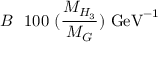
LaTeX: B ~ \l ~ 1 0 0 ~ ( \frac { M _ { H _ { 3 } } } { M _ { G } } ) ~ \mathrm { G e V } ^ { - 1 }